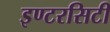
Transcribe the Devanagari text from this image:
इण्टरसिटी